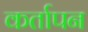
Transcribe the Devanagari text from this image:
कर्तापन